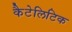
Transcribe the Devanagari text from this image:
कैटेलिटिक